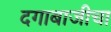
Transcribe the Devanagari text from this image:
दगाबाजीचा